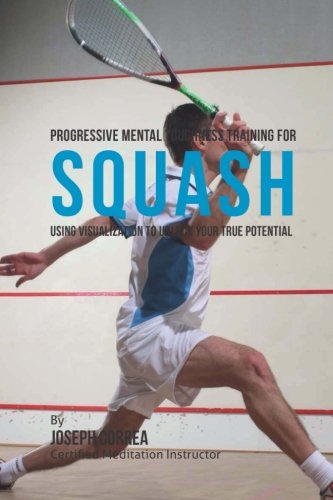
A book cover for Progressive Mental Toughness Training for Squash: Using Visualization to Unlock Your True Potential; Joseph Correa (Certified Meditation Instructor); Sports & Outdoors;